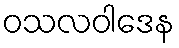
ဝသလဝါဒေန